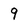
Character: 9